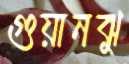
গুয়ানঝু